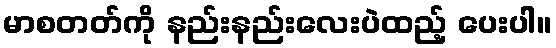
မာစတတ်ကို နည်းနည်းလေးပဲထည့် ပေးပါ။